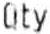
QTY